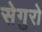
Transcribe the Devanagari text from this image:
सेगुरो